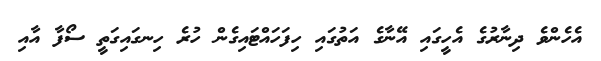
އެހެންވެ ދިނާރުގެ އެހީގައި އޭނާގެ އަތުގައި ހިފަހައްޓައިގެން ހުރެ ހިނގައިގަތީ ސޯފާ އާއި